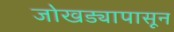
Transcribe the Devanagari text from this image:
जोखड्यापासून